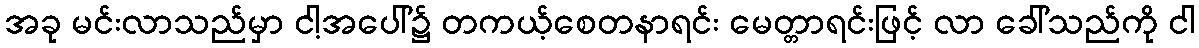
အခု မင်းလာသည်မှာ ငါ့အပေါ်၌ တကယ့်စေတနာရင်း မေတ္တာရင်းဖြင့် လာ ခေါ်သည်ကို ငါ